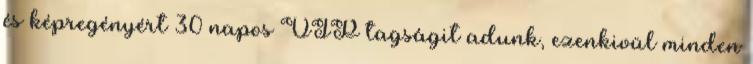
és képregényért 30 napos VIP tagságit adunk, ezenkivül minden